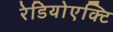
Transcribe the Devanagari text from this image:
रेडियोएक्टि